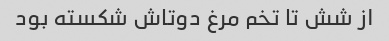
از شش تا تخم مرغ دوتاش شکسته بود